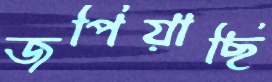
জপিয়াছি